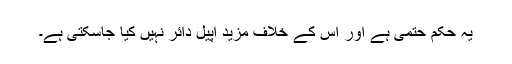
یہ حکم حتمی ہے اور اس کے خلاف مزید اپیل دائر نہیں کیا جاسکتی ہے۔